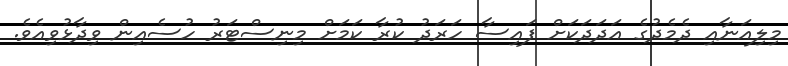
މިލިއަނާއި ދެމެދުގެ އަދަދަކަށް ފައިސާ ހަރަދު ކުރާ ކަމަށް މިނިސްޓަރު ހުސެއިން ވިދާޅުވިއެވެ.